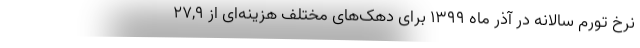
نرخ تورم سالانه در آذر ماه ١٣٩٩ برای دهک‌های مختلف هزینه‌ای از ٢٧,٩